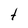
Character: t